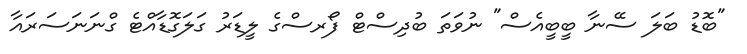
"ބޮޑު ބަލަ ސޭނާ ބީބީއެސް" ނުވަތަ ބުދިސްޓް ފޯރސްގެ ލީޑަރު ގަލަގޮޑާއްޓެ ގްނަނަސަރައާ